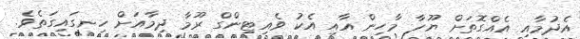
އެދުމާއި އެއްގޮތަށް ޔޫހާ މާހިން އާއި އެކު ވެއިޓިންގް ރޫމާ ދިމާއަށް ހިނގައިގަތެވެ.